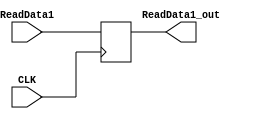
`timescale 1ns / 1ps
//////////////////////////////////////////////////////////////////////////////////
// Company: 
// Engineer: 
// 
// Design Name: 
// Module Name: ADR
// Project Name: 
// Target Devices: 
// Tool Versions: 
// Description: 
// 
// Dependencies: 
// 
// Revision:
// Revision 0.01 - File Created
// Additional Comments:
// 
//////////////////////////////////////////////////////////////////////////////////


module ADR(CLK,ReadData1, ReadData1_out);
    input CLK;
    input [31:0] ReadData1;
    output reg [31:0] ReadData1_out;
    always @(posedge CLK) begin
        ReadData1_out<= ReadData1;
    end
endmodule